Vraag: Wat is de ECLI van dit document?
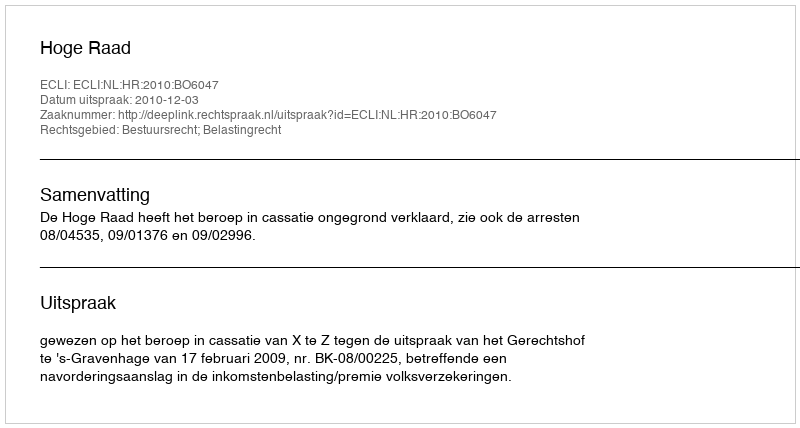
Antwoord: ECLI:NL:HR:2010:BO6047